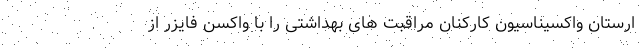
ارستان واکسیناسیون کارکنان مراقبت های بهداشتی را با واکسن فایزر از